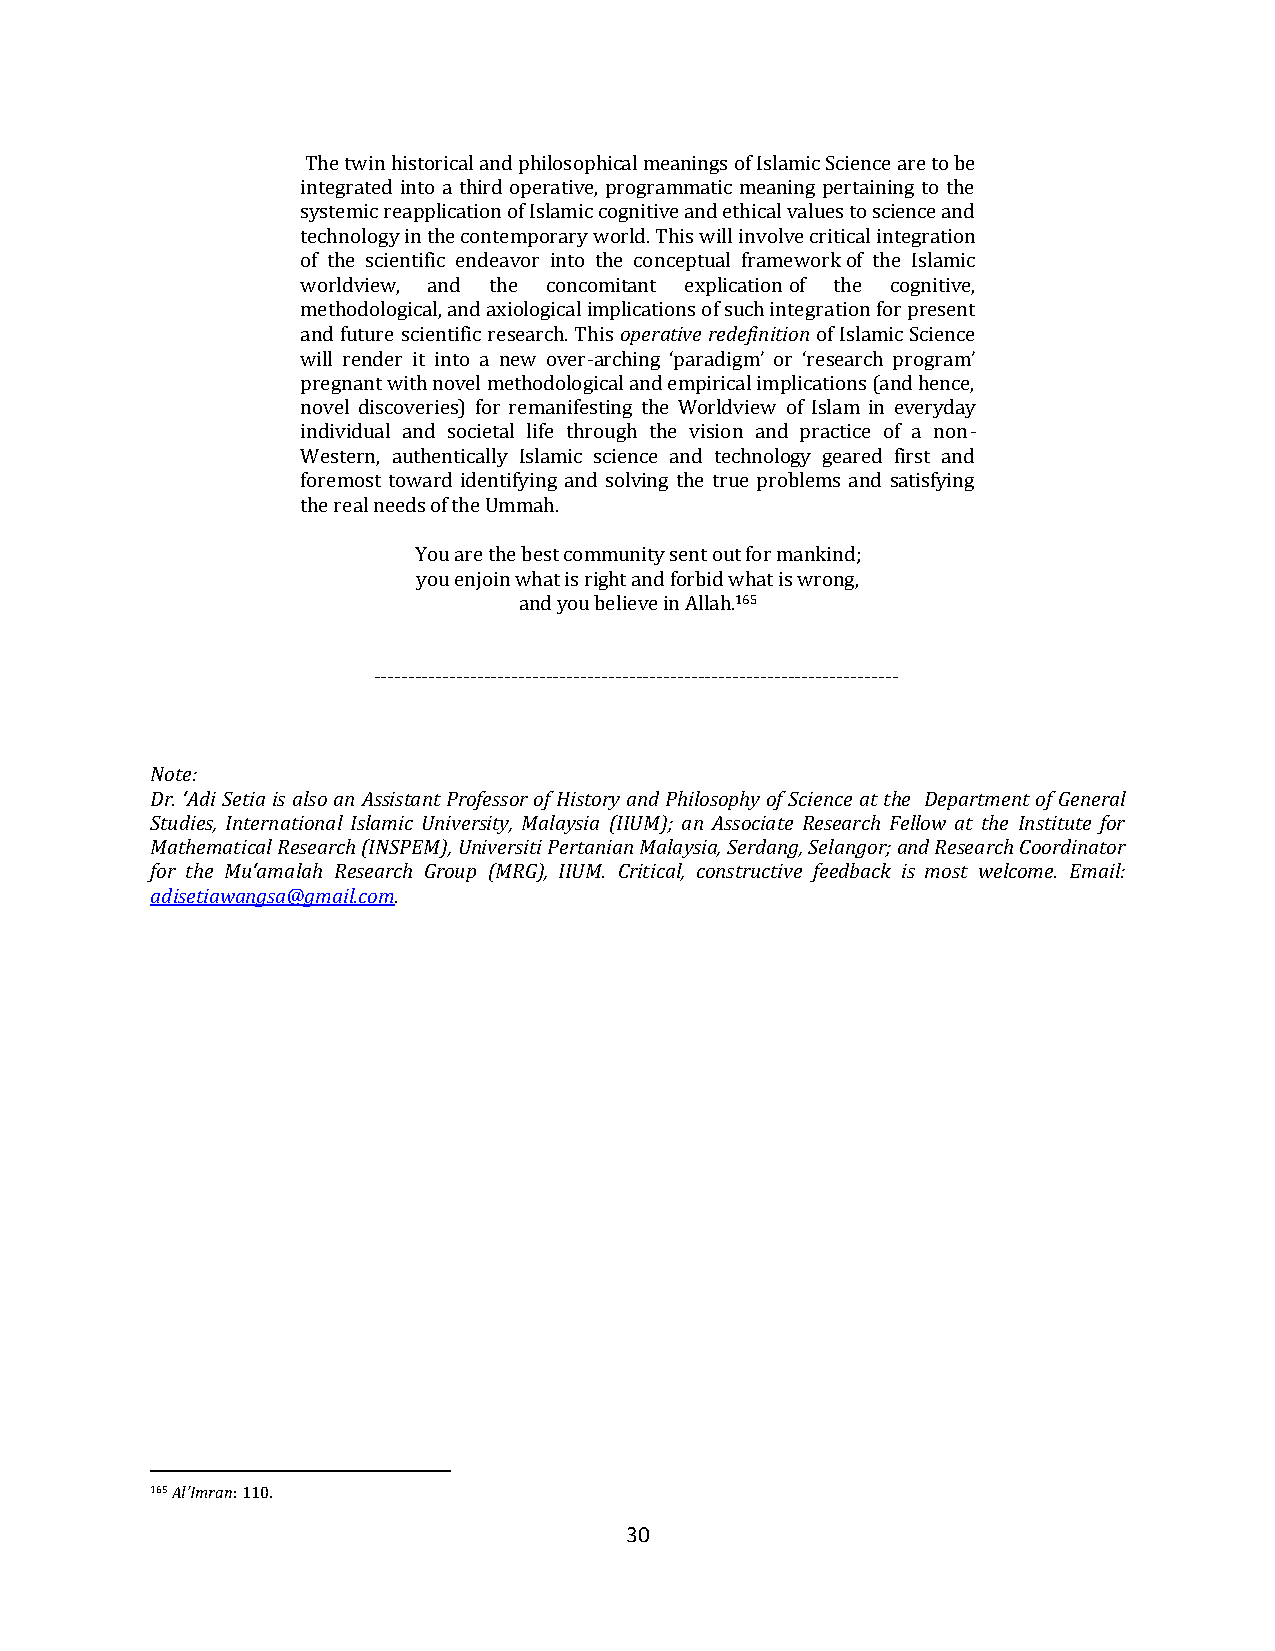
The twin historical and philosophical meanings of Islamic Science are to be
 integrated into a third operative, programmatic meaning pertaining to the
 systemic reapplication of Islamic cognitive and ethical values to science and
 technology in the contemporary world. This will involve critical integration
 of the scientific endeavor into the conceptual framework of the Islamic
 worldview, and the concomitant explication of the cognitive,
 methodological, and axiological implications of such integration for present
 and future scientific research. This operative redefinition of Islamic Science
 will render it into a new over-arching ‘paradigm’ or ‘research program’
 pregnant with novel methodological and empirical implications (and hence,
 novel discoveries) for remanifesting the Worldview of Islam in everyday
 individual and societal life through the vision and practice of a non-
 Western, authentically Islamic science and technology geared first and
 foremost toward identifying and solving the true problems and satisfying
 the real needs of the Ummah.
 You are the best community sent out for mankind;
 you enjoin what is right and forbid what is wrong,
 and you believe in Allah.165
 ----------------------------------------------------------------------------
 Note:
 Dr. ‘Adi Setia is also an Assistant Professor of History and Philosophy of Science at the Department of General
 Studies, International Islamic University, Malaysia (IIUM); an Associate Research Fellow at the Institute for
 Mathematical Research (INSPEM), Universiti Pertanian Malaysia, Serdang, Selangor; and Research Coordinator
 for the Mu‘amalah Research Group (MRG), IIUM. Critical, constructive feedback is most welcome. Email:
 adisetiawangsa@gmail.com.
 165 Al'Imran: 110.
 30